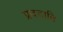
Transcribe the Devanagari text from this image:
प्रददाति